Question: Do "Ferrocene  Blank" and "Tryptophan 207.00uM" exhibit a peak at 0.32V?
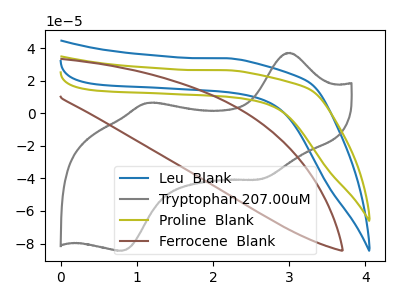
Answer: <think>The blue curve "Leu  Blank" has no peaks. The gray curve "Tryptophan 207.00uM" has anodic peaks at (3.00V, 37.10uA) (1.15V, 6.30uA) and cathodic peaks at (2.60V, -40.60uA) (0.80V, -84.45uA). The olive curve "Proline  Blank" has no peaks. The brown curve "Ferrocene  Blank" has no peaks.</think>
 <answer>No, "Ferrocene  Blank" and "Tryptophan 207.00uM" dont share a peak at 0.32V.</answer>
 <eval>mismatch</eval>